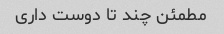
مطمئن چند تا دوست داری